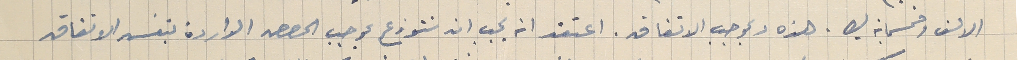
الالف وخمسماية ليره. هذه وبموجب الاتفاق. اعتقد انه يجب ان تتوزع بموجب الحصص الواردة بنفس الاتفاق